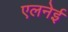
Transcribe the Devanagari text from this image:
एलनेई